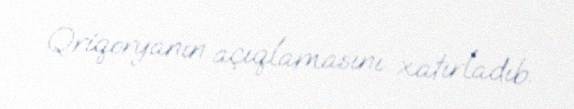
Qriqoryanın açıqlamasını xatırladıb.